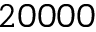
2 0 0 0 0